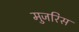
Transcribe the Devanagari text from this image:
मुजरिस